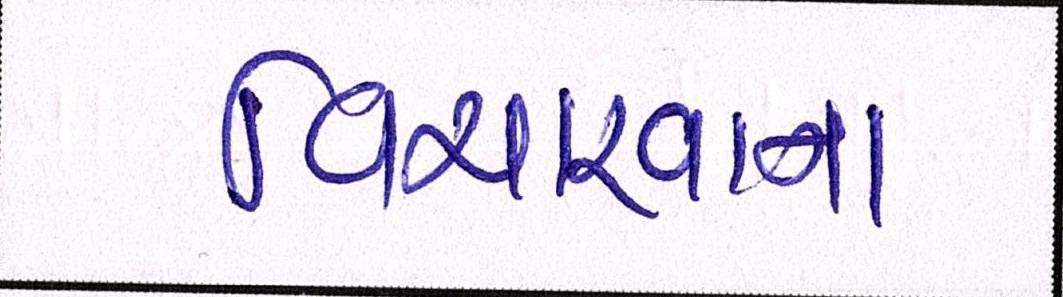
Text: વિચારવાના